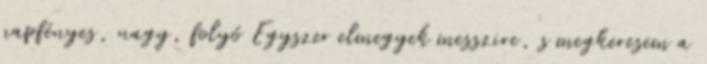
napfényes, nagy, folyó Egyszer elmegyek messzire, s megkeresem a